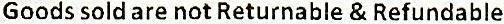
GOODS SOLD ARE NOT RETURNABLE & REFUNDABLE